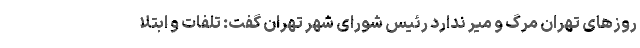
روزهای تهران مرگ و میر ندارد رئیس شورای شهر تهران گفت: تلفات و ابتلا